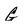
Character: G